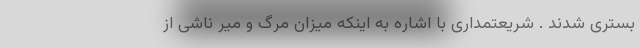
بستری شدند . شریعتمداری با اشاره به اینکه میزان مرگ و میر ناشی از